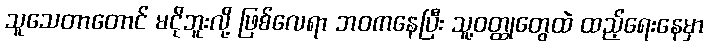
သူသေတာတောင် မငိုဘူးလို့ ဖြစ်လေရာ ဘဝကနေပြီး သူ့ဝတ္ထုတွေထဲ ထည့်ရေးနေမှာ